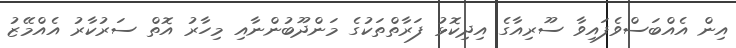
އިން އެއްބަސްވެފައިވާ ސޫރިއާގެ އިދިކޮޅު ފަރާތްތަކުގެ މަންދޫބުންނާއި މިހާރު އޮތް ސަރުކާރު އެއްމޭޒު